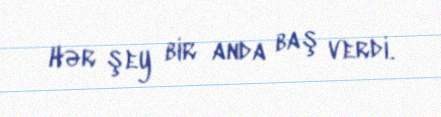
Hər şey bir anda baş verdi.